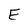
Character: E